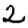
Digit: 2